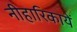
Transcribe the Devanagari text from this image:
नीहारिकायें